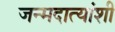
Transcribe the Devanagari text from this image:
जन्मदात्यांशी